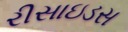
રીસાઇડસ